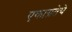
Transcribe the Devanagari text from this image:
एकाग्रतेचे